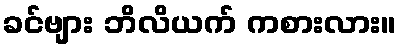
ခင်ဗျား ဘိလိယက် ကစားလား။